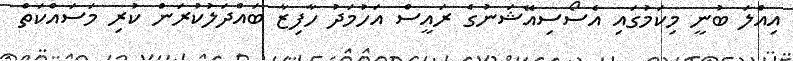
އިއްލަ ބުނީ މިކަމުގައި އެސޯސިއޭޝަނުގެ ރައީސް އަހުމަދު ހާފިޒާ ބައްދަލުކުރަން ކުރި މަސައްކަތް